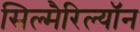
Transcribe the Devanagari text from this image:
सिल्मैरिल्यॉन